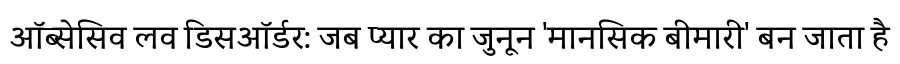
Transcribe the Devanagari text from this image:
ऑब्सेसिव लव डिसऑर्डर: जब प्यार का जुनून 'मानसिक बीमारी' बन जाता है